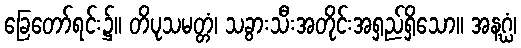
ခြေတော်ရင်း၌။ တိပုသမတ္တံ၊ သခွားသီးအတိုင်းအရှည်ရှိသော။ အနဂ္ဃံ၊